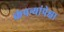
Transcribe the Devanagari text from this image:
कंपन्यांपेक्षा